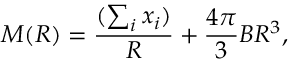
M ( R ) = \frac { ( \sum _ { i } x _ { i } ) } R + \frac { 4 \pi } 3 B R ^ { 3 } ,